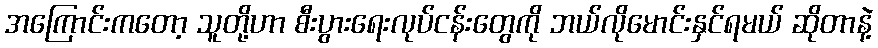
အကြောင်းကတော့ သူတို့ဟာ စီးပွားရေးလုပ်ငန်းတွေကို ဘယ်လိုမောင်းနှင်ရမယ် ဆိုတာနဲ့